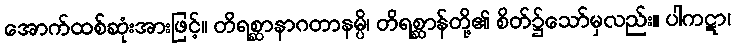
အောက်ထစ်ဆုံးအားဖြင့်။ တိရစ္ဆာနာဂတာနမ္ပိ၊ တိရစ္ဆာန်တို့၏ စိတ်၌သော်မှလည်း။ ပါကဋာ၊